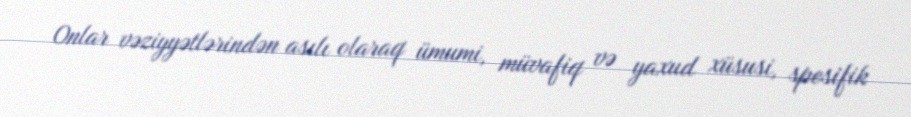
Onlar vəziyyətlərindən asılı olaraq ümumi, müvafiq və yaxud xüsusi, spesifik